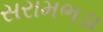
સરામભડા